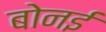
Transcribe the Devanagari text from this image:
बोनई